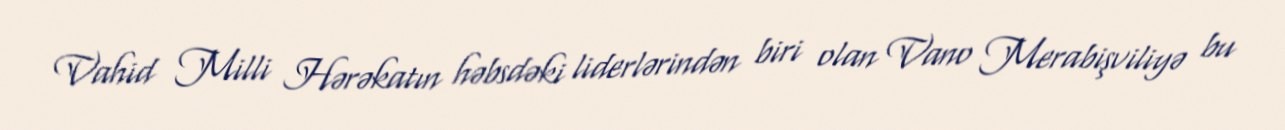
Vahid Milli Hərəkatın həbsdəki liderlərindən biri olan Vano Merabişviliyə bu